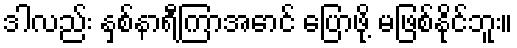
ဒါလည်း နှစ်နာရီကြာအောင် ပြောဖို့ မဖြစ်နိုင်ဘူး။